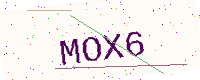
Text: MOX6